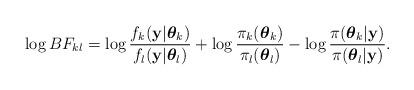
LaTeX: \begin{align*}\log BF_{kl}=\log \frac{f_{k}(\mathbf{y}|\boldsymbol{\theta}_{k})}{f_{l}(\mathbf{y} | \boldsymbol{\theta}_{l})}+\log \frac{\pi_{k}(\boldsymbol{\theta}_{k})}{ \pi_{l}(\boldsymbol{\theta}_{l})}-\log \frac{\pi(\boldsymbol{\theta}_{k} | \mathbf{y})}{\pi(\boldsymbol{\theta}_{l} | \mathbf{y})} .\end{align*}